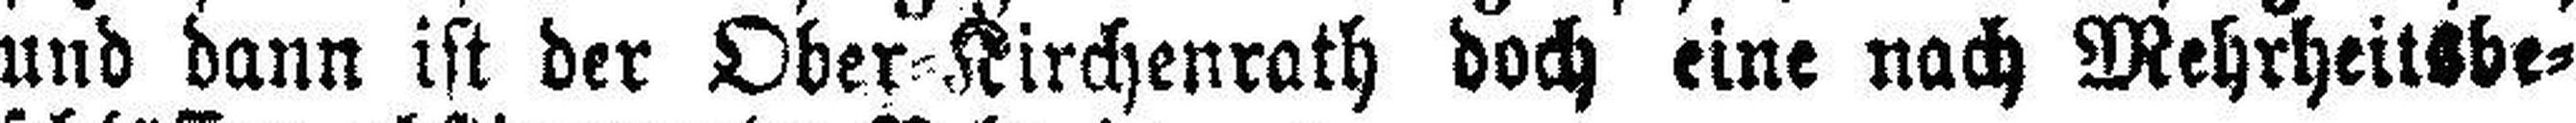
und dann ist der Ober=Kirchenrath doch eine nach Mehrheitsbe¬